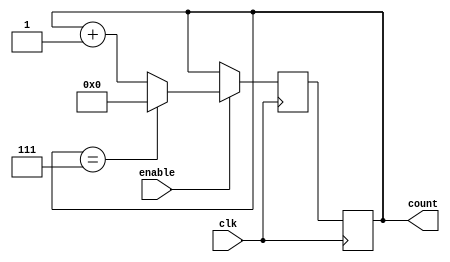
module ModuloNUpCounter (
    input wire clk,
    input wire enable,
    output reg [N-1:0] count
);

// Initialization
parameter N = 8;
reg [N-1:0] next_count;

// Synchronous logic
always @(posedge clk) begin
    if (enable) begin
        if (count == N-1) begin
            next_count <= 0;
        end else begin
            next_count <= count + 1;
        end
    end else begin
        next_count <= count;
    end
end

// Output register
always @(posedge clk) begin
    count <= next_count;
end

endmodule